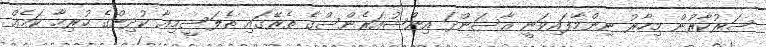
ސަރުކާރުން މިހާރު ނިންމާފައިވަނީ އާސަންދަ އިންޝުއަރެންސްގެ ތެރޭގައި ތެލަސީމިއާ ކުދިންގެ ހުރިހާ ކަމެއް